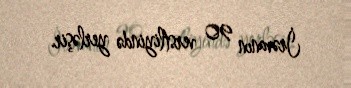
İrəvanın 90 verstliyində yerləşir.